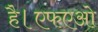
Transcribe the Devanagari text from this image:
है।एफएओ